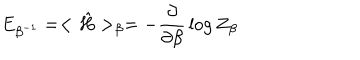
LaTeX: E _ { \beta ^ { - 1 } } = < { \hat { H } } > _ { \beta } = - { \frac { \partial } { \partial \beta } } \log Z _ { \beta }